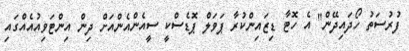
ފުރުސަތު ހޯދައިދޭން" އެ ހޮޓާ ޑިޒައިންކުރާ ޕަވަލް ޕޮޑެސްކީ ސީއެންއެންއަށް ދިން އިންޓަވިއުއެއްގައި